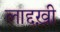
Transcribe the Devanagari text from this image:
लाद्दख़ी